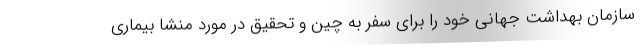
سازمان بهداشت جهانی خود را برای سفر به چین و تحقیق در مورد منشا بیماری